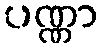
ပဏ္ဏာ